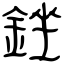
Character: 銼